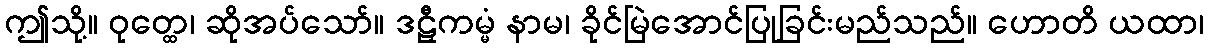
ဤသို့။ ဝုတ္ထေ၊ ဆိုအပ်သော်။ ဒဠှီကမ္မံ နာမ၊ ခိုင်မြဲအောင်ပြုခြင်းမည်သည်။ ဟောတိ ယထာ၊